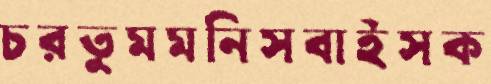
চরতুমমনিসবাইসক